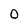
Character: 0